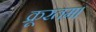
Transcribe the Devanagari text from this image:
क्रूरतम।